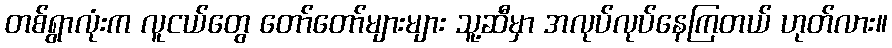
တစ်ရွာလုံးက လူငယ်တွေ တော်တော်များများ သူ့ဆီမှာ အလုပ်လုပ်နေကြတယ် ဟုတ်လား။